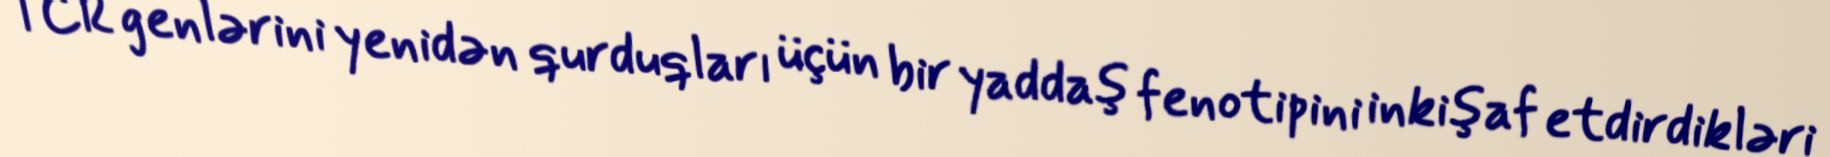
TCR genlərini yenidən qurduqları üçün bir yaddaş fenotipini inkişaf etdirdikləri